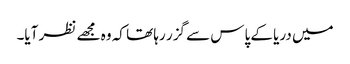
میں دریا کے پاس سے گزر رہا تھا کہ وہ مجھے نظر آیا۔